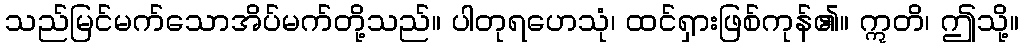
သည်မြင်မက်သောအိပ်မက်တို့သည်။ ပါတုရဟေသုံ၊ ထင်ရှားဖြစ်ကုန်၏။ ဣတိ၊ ဤသို့။